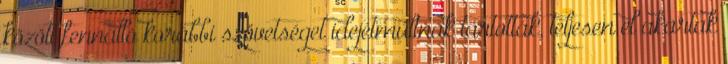
között fennálló korábbi szövetséget idejétmúltnak tartották, teljesen el akartak